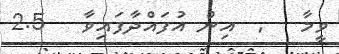
ވީމާ